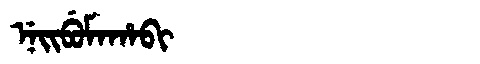
Manchu: ᠨᡝᡳᠪᡠᠮᠠᡥᠠᠪᡳ
Romanization: NEIBUMAHABI